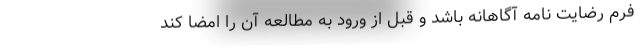
فرم رضایت نامه آگاهانه باشد و قبل از ورود به مطالعه آن را امضا کند